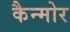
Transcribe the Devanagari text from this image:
कैन्मोर